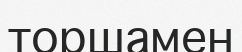
торшамен